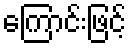
ကြောင်းဖြင့်